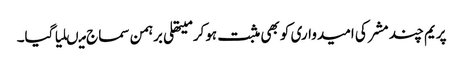
پریم چند مشر کی امیدواری کو بھی مثبت ہوکر میتھلی برہمن سماج میںلیا گیا۔